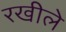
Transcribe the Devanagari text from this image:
रखीले